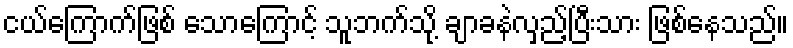
ငယ်ကြောက်ဖြစ် သောကြောင့် သူဘက်သို့ ချာခနဲလှည့်ပြီးသား ဖြစ်နေသည်။